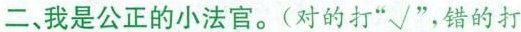
二、我是公正的小法官。(对的打”√”，错的打